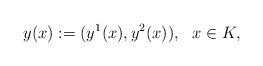
\begin{align*}y(x):=(y^1(x), y^2(x)), \ \ x\in K,\end{align*}